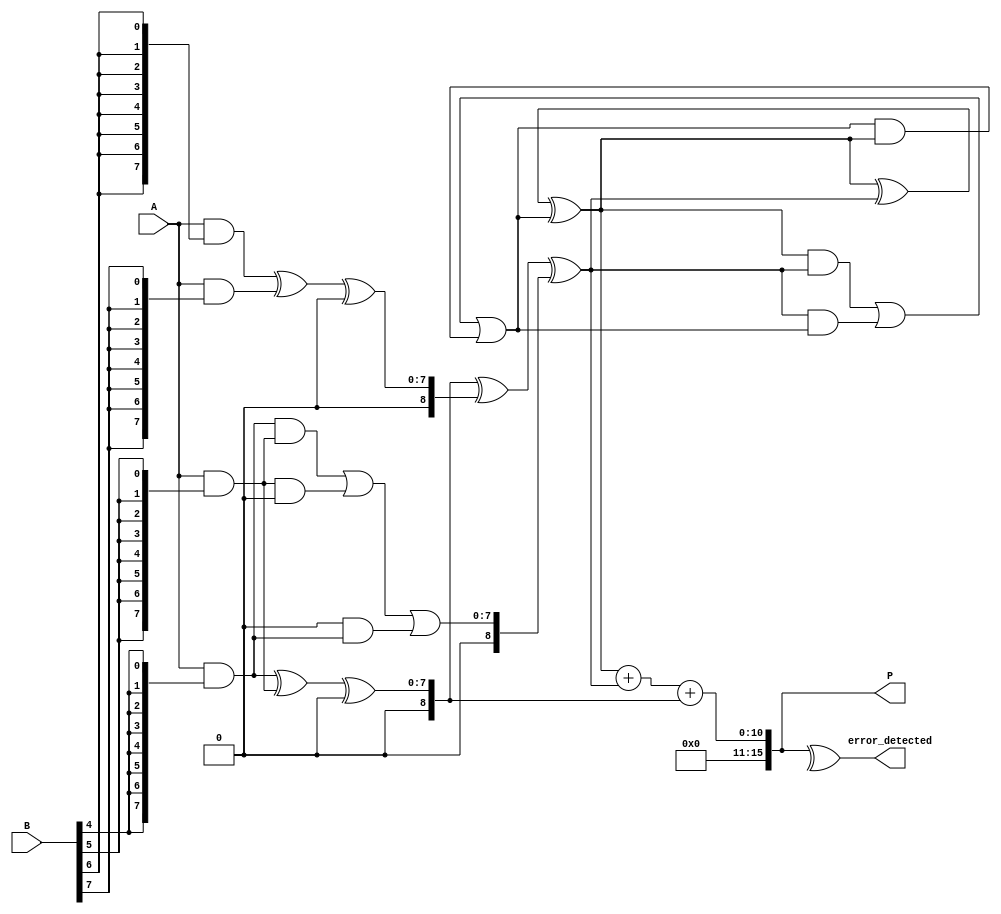
module FaultTolerantWallaceTreeMultiplier #(parameter WIDTH = 8) (
    input [WIDTH-1:0] A,
    input [WIDTH-1:0] B,
    output reg [2*WIDTH-1:0] P,
    output reg error_detected
);

// Partial Product Generation
wire [WIDTH-1:0] partial_products[WIDTH-1:0];

genvar i;
generate
    for (i = 0; i < WIDTH; i = i + 1) begin : pp_gen
        assign partial_products[i] = A & {WIDTH{B[i]}};
    end
endgenerate

// Wallace Tree Reduction
wire [WIDTH:0] sum[WIDTH:0];
wire [WIDTH:0] carry[WIDTH:0];

// Initial stage of reduction
generate
    for (i = 0; i < WIDTH; i = i + 1) begin : initial_reduction
        assign sum[i] = partial_products[i];
        assign carry[i] = 0;
    end
endgenerate

// Carry-Save Adder (CSA) Reduction
generate
    for (i = 0; i < WIDTH-1; i = i + 2) begin : CSA_reduction
        wire [WIDTH:0] a = sum[i];
        wire [WIDTH:0] b = sum[i+1];
        wire [WIDTH:0] c = carry[i];
        
        // CSA logic
        assign sum[i/2] = a ^ b ^ c; // Sum
        assign carry[i/2] = (a & b) | (b & c) | (c & a); // Carry
    end
endgenerate

// Final Addition Stage
wire [2*WIDTH-1:0] final_sum;
wire [2*WIDTH-1:0] final_carry;

assign {final_carry, final_sum} = {1'b0, sum[0]} + {1'b0, sum[1]} + {1'b0, sum[2]};

// Error Detection (simple parity check for demonstration)
always @(*) begin
    error_detected = ^final_sum; // Simple parity check
    P = final_sum; // Assign final product
end

endmodule